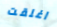
اغلقت